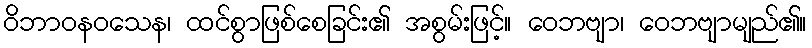
ဝိဘာဝနဝသေန၊ ထင်စွာဖြစ်စေခြင်း၏ အစွမ်းဖြင့်။ ဝေဘဗျာ၊ ဝေဘဗျာမျည်၏။